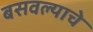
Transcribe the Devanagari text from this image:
बसवल्याचे